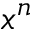
x ^ { n }